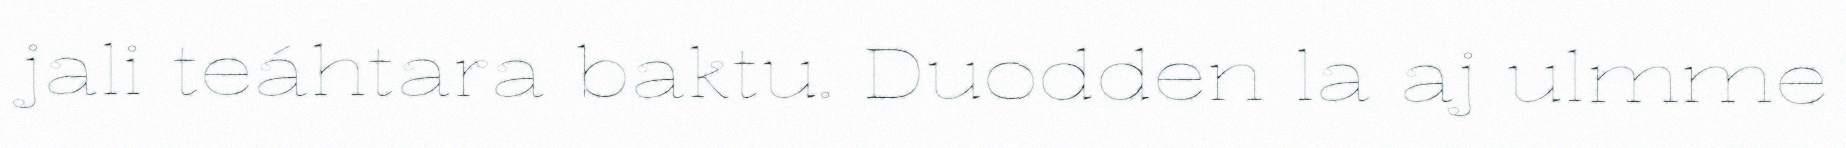
jali teáhtara baktu. Duodden la aj ulmme